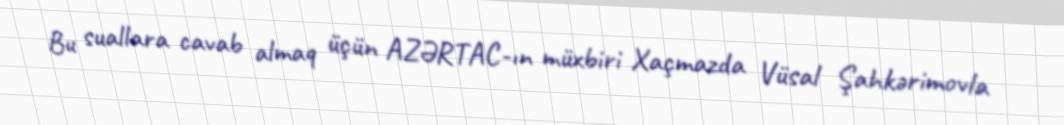
Bu suallara cavab almaq üçün AZƏRTAC-ın müxbiri Xaçmazda Vüsal Şahkərimovla